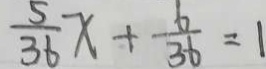
\frac { 5 } { 3 6 } x + \frac { 6 } { 3 6 } = 1